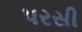
પરસી